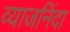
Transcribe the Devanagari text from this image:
व्याजनिंदा